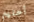
أجلهم